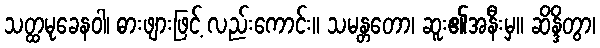
သတ္ထမုခေနဝါ၊ ဓားဖျားဖြင့် လည်းကောင်း။ သမန္တတော၊ ဆူး၏အနီးမှ။ ဆိန္ဒိတွာ၊